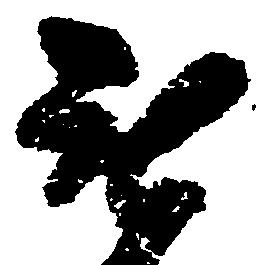
無